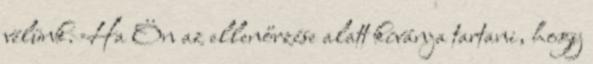
vélünk. Ha Ön az ellenőrzése alatt kívánja tartani, hogy